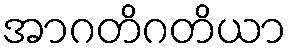
အာဂတိဂတိယာ